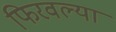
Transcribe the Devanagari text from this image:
फिरवल्या